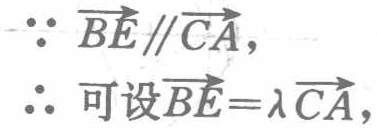
\(\because \overrightarrow{BE} \parallel \overrightarrow{CA},\)
\(\therefore\) 可设\(\overrightarrow{BE}=\lambda \overrightarrow{CA},\)